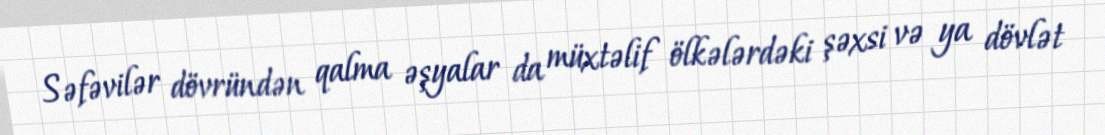
Səfəvilər dövründən qalma əşyalar da müxtəlif ölkələrdəki şəxsi və ya dövlət